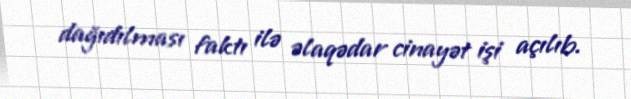
dağıdılması faktı ilə əlaqədar cinayət işi açılıb.